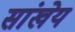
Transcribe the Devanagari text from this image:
सांखेय